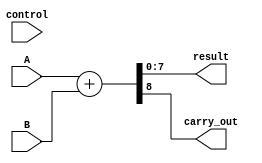
module adder(input [7:0] A, B, input control, output [7:0] result, output carry_out);
    assign {carry_out, result} = A + B;
endmodule